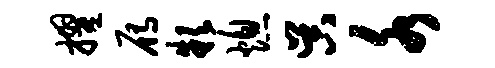
擢雁款熄吴水